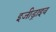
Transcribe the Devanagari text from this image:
इजीड्राइव